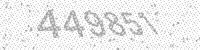
Solution: 449851